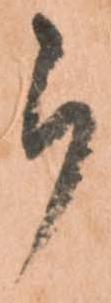
被